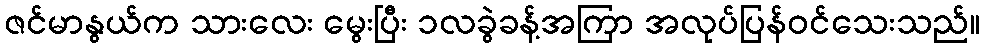
ဇင်မာနွယ်က သားလေး မွေးပြီး ၁လခွဲခန့်အကြာ အလုပ်ပြန်ဝင်သေးသည်။